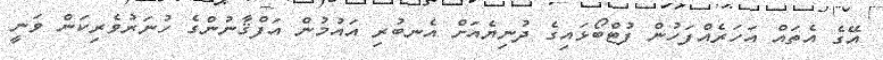
އޭގެ އެތައް އަހަރެއްފަހުން ފުޓްބޯޅައިގެ ދުނިޔެއަށް އެނބުރި އައުމުން އަފްޤާނުންގެ ހުނަރުވެރިކަން ވަނީ